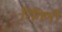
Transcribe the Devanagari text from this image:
रिंगिणी